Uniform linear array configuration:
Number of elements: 8
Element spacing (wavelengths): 0.75
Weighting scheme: hann
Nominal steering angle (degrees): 60
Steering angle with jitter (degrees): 60.835
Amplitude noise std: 0.05
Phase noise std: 0.05

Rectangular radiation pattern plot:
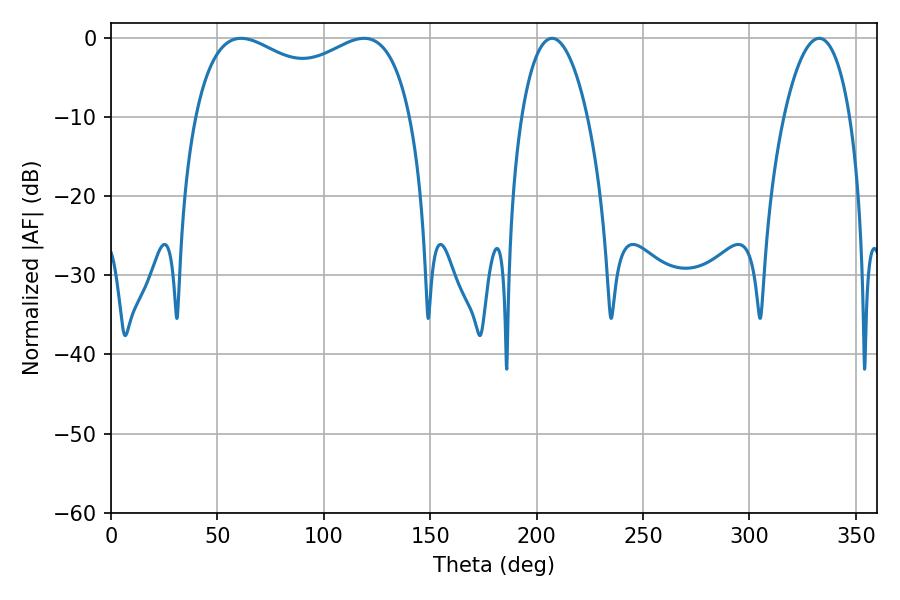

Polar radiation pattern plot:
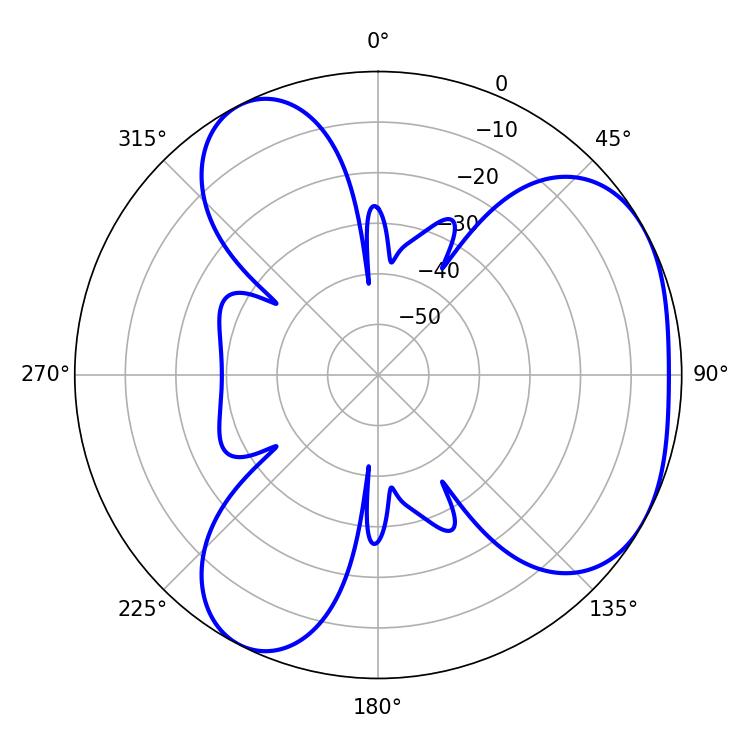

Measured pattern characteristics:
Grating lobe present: TRUE
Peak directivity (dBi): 4.003
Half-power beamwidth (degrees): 84.24
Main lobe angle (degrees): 61.2